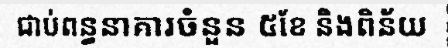
ជាប់ពន្ធនាគារចំនួន ៥ខែ និងពិន័យ